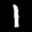
Label: 1